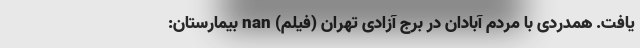
یافت. همدردی با مردم آبادان در برج آزادی تهران (فیلم) nan بیمارستان: